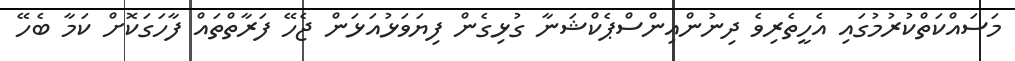
މަސައްކަތްކުރުމުގައި އެހީތެރިވެ ދިނުންއިންސްޕެކްޝަނާ ގުޅިގެން ފިޔަވަޅުއަޅަން ޖެހޭ ފަރާތްތައް ފާހަގަކޮށް ކަމާ ބެހޭ